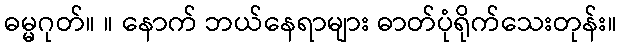
ဓမ္မဂုတ်။ ။ နောက် ဘယ်နေရာများ ဓာတ်ပုံရိုက်သေးတုန်း။